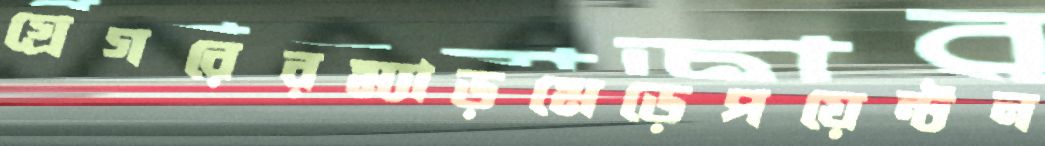
গ্রেগরেরম্যাড়মেড়েপয়েন্টন